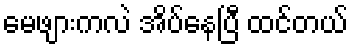
မေဖျားကလဲ အိပ်နေပြီ ထင်တယ်